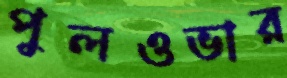
পুলওভার